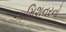
કમિશનરનો